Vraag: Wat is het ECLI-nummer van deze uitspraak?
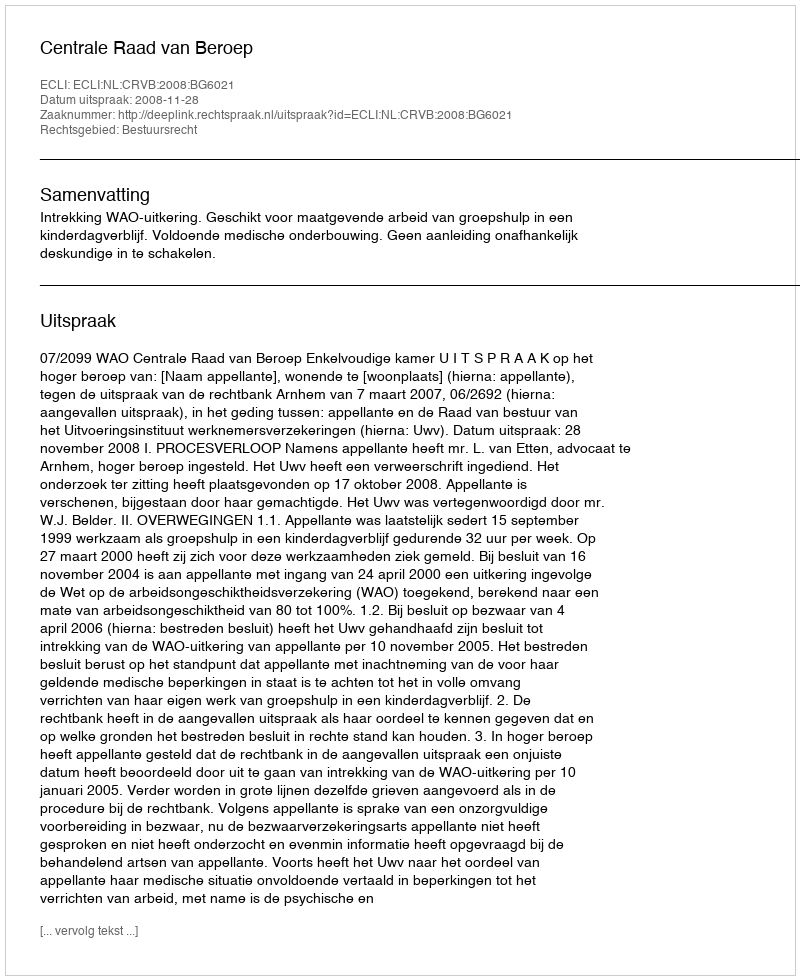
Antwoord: ECLI:NL:CRVB:2008:BG6021